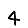
Digit: 4